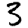
Digit: 3